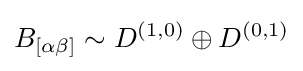
B_{[\alpha \beta ]}\sim D^{(1,0)}\oplus D^{(0,1)}